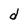
Character: d